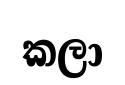
කලා